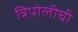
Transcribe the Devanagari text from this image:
त्रिपोलीची